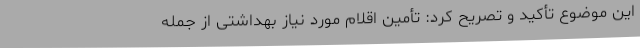
این موضوع تأکید و تصریح کرد: تأمین اقلام مورد نیاز بهداشتی از جمله